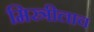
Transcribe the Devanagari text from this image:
मिस्त्रीलाच